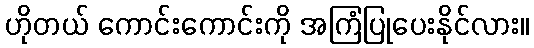
ဟိုတယ် ကောင်းကောင်းကို အကြံပြုပေးနိုင်လား။